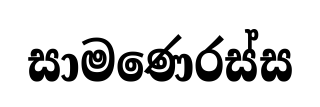
සාමණෙරස්ස